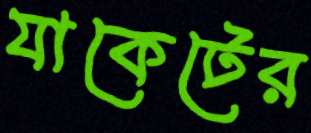
যাকেটের